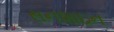
સનશાઇન